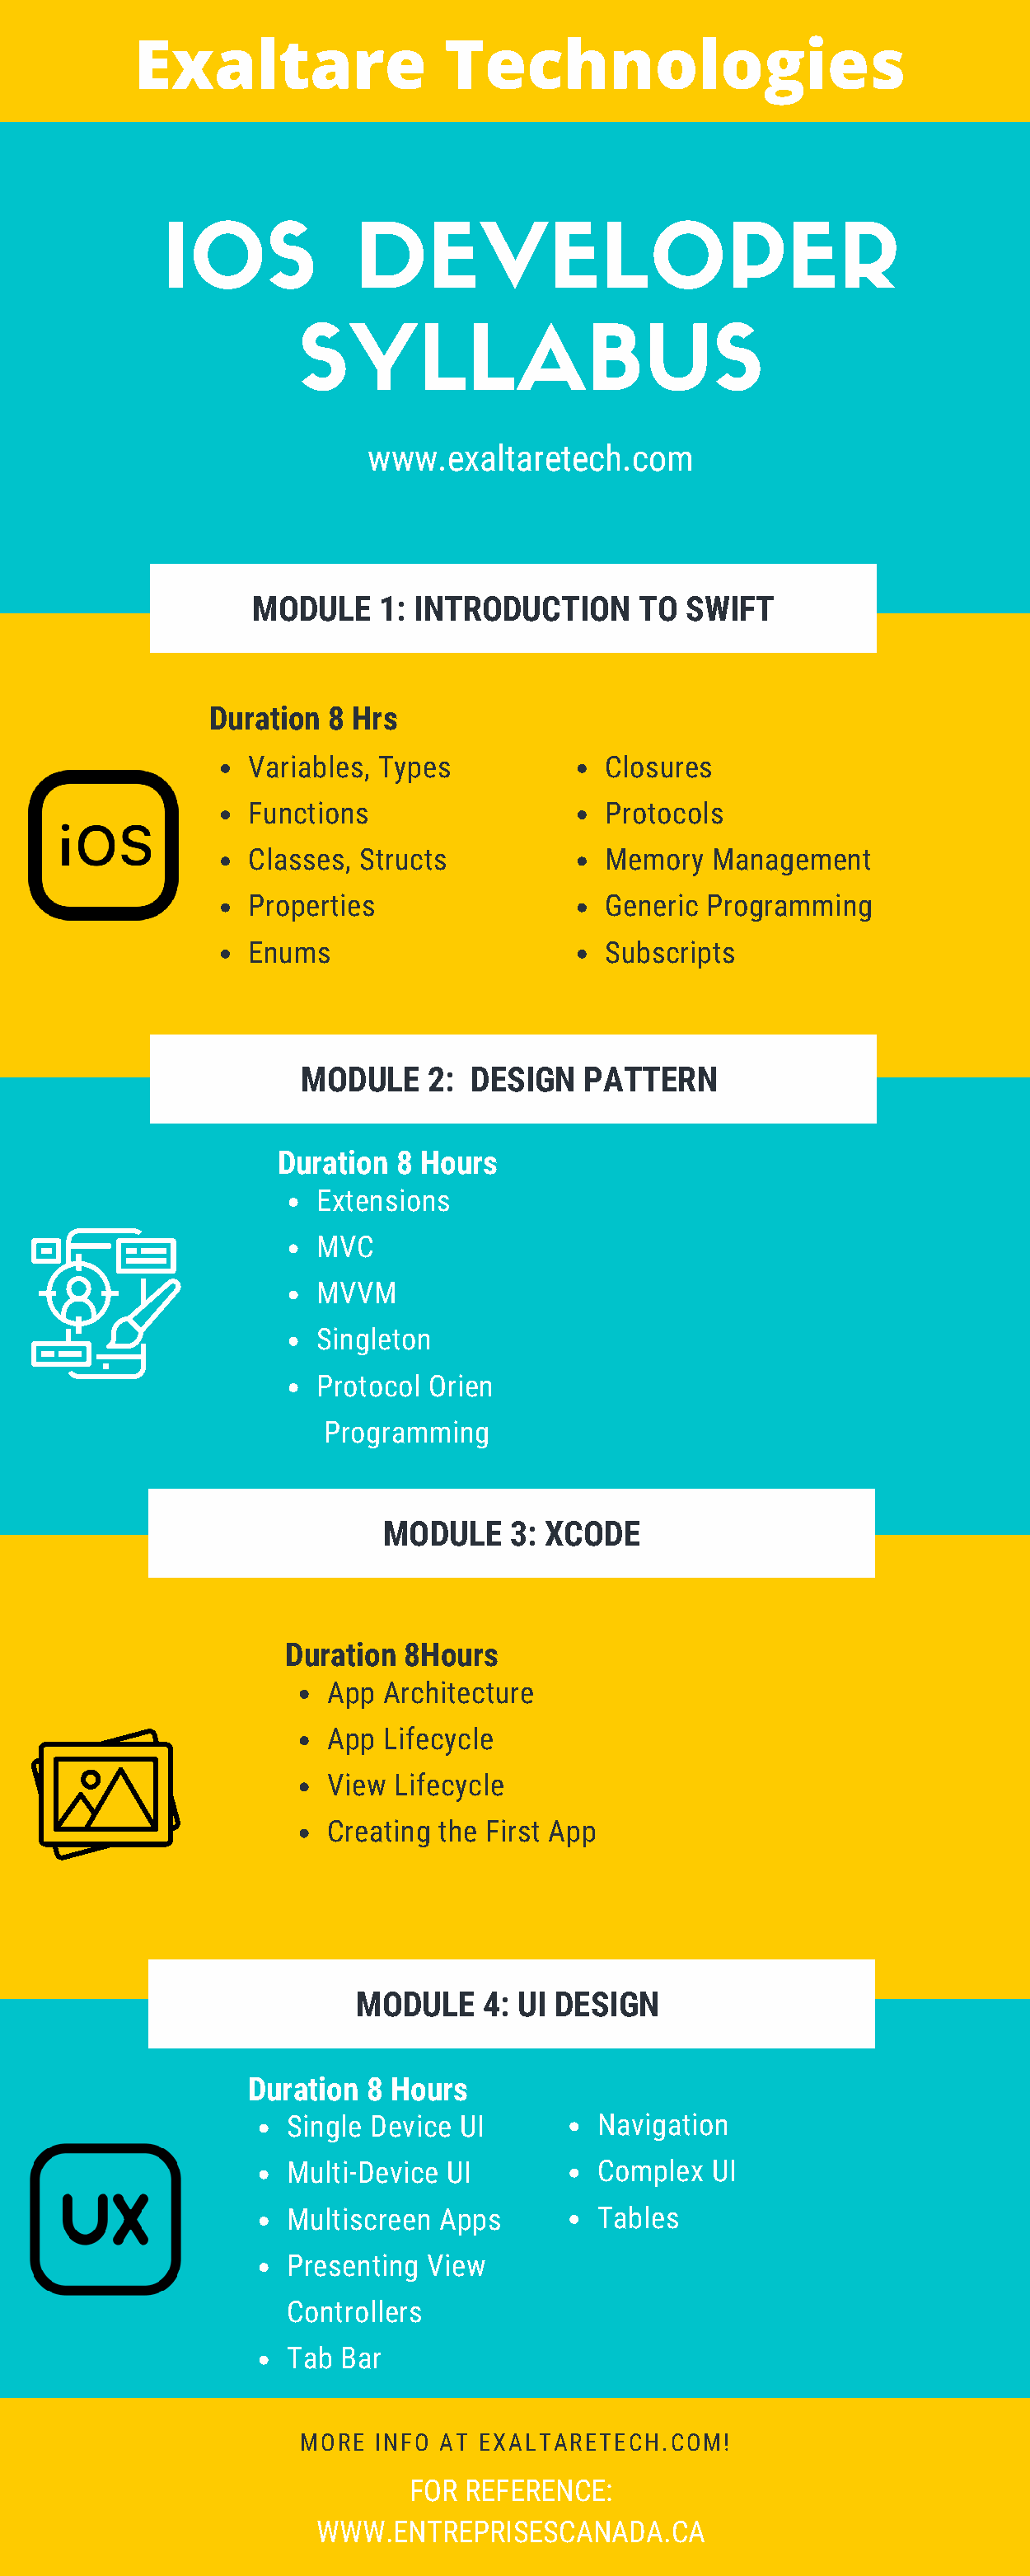
Exaltare                 Technologies
 IOS             DEVELOPER
 SYLLABUS
 www.exaltaretech.com
 MODULE    1: INTRODUCTION      TO  SWIFT
 Duration 8 Hrs
 Variables, Types             Closures
 Functions                    Protocols
 Classes, Structs             Memory  Management
 Properties                   Generic Programming
 Enums                        Subscripts
 MODULE    2:  DESIGN   PATTERN
 Duration  8 Hours
 Extensions
 MVC
 MVVM
 Singleton
 Protocol Orien
 Programming
 MODULE    3: XCODE
 Duration 8Hours
 App  Architecture
 App  Lifecycle
 View  Lifecycle
 Creating the First App
 MODULE    4: UI DESIGN
 Duration 8 Hours
 Single Device UI         Navigation
 Multi-Device UI          Complex  UI
 Multiscreen Apps         Tables
 Presenting View
 Controllers
 Tab Bar
 MORE  INFO AT EXALTARETECH.COM!
 FOR REFERENCE:
 WWW.ENTREPRISESCANADA.CA